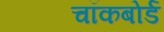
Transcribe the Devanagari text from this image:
चॉकबोर्ड